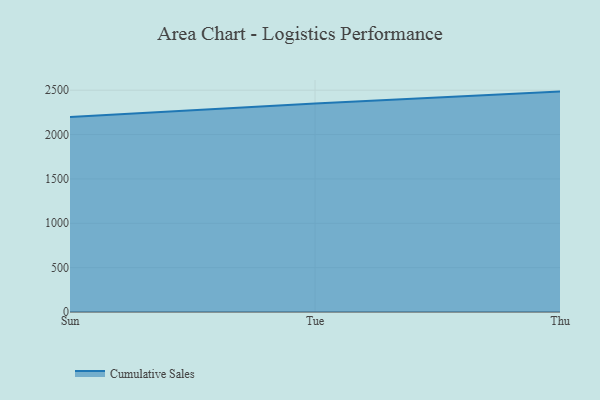
{"axis": {"x": "Day", "y": "Active Users"}, "legend": ["Cumulative Sales"], "data": [{"x": "Sun", "y": 2197.0, "type": "Cumulative Sales"}, {"x": "Tue", "y": 2348.7, "type": "Cumulative Sales"}, {"x": "Thu", "y": 2484.1, "type": "Cumulative Sales"}]}